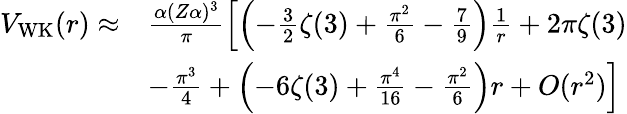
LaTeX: \begin{array}{rl}{V_{\mathrm{WK}}(r)\approx}&{\frac{\alpha(Z\alpha)^{3}}{\pi}\left[\left(-\frac{3}{2}\zeta(3)+\frac{\pi^{2}}{6}-\frac{7}{9}\right)\frac{1}{r}+2\pi\zeta(3)\right.}\\ &{\left.-\frac{\pi^{3}}{4}+\left(-6\zeta(3)+\frac{\pi^{4}}{16}-\frac{\pi^{2}}{6}\right)r+O(r^{2})\right]}\end{array}